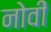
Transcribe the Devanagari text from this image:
नोवीं